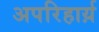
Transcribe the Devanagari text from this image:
अपरिहार्य़